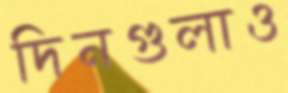
দিনগুলাও